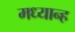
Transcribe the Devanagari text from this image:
मध्‍यान्‍ह